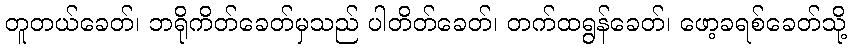
တူတယ်ခေတ်၊ ဘရိုကိတ်ခေတ်မှသည် ပါတိတ်ခေတ်၊ တက်ထရွန်ခေတ်၊ ဖော့ခရစ်ခေတ်သို့